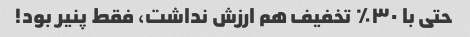
حتی با ٣٠٪؜ تخفیف هم ارزش نداشت٬ فقط پنیر بود!